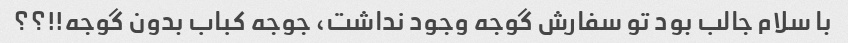
با سلام جالب بود تو سفارش گوجه وجود نداشت، جوجه کباب بدون گوجه!!؟؟